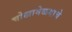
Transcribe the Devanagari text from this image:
चोखामेळयाचे